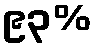
၉၃%